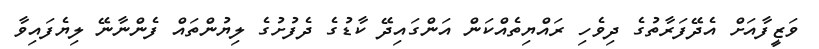
ވަޒީފާއަށް އެދޭފަރާތުގެ ދިވެހި ރައްޔިތެއްކަން އަންގައިދޭ ކާޑުގެ ދެފުށުގެ ލިޔުންތައް ފެންނާނޭ ލިޔެފައިވާ